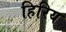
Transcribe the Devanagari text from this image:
हिरिय